Annual report on the working of the lock hospitals in the North-Western Provinces and Oudh
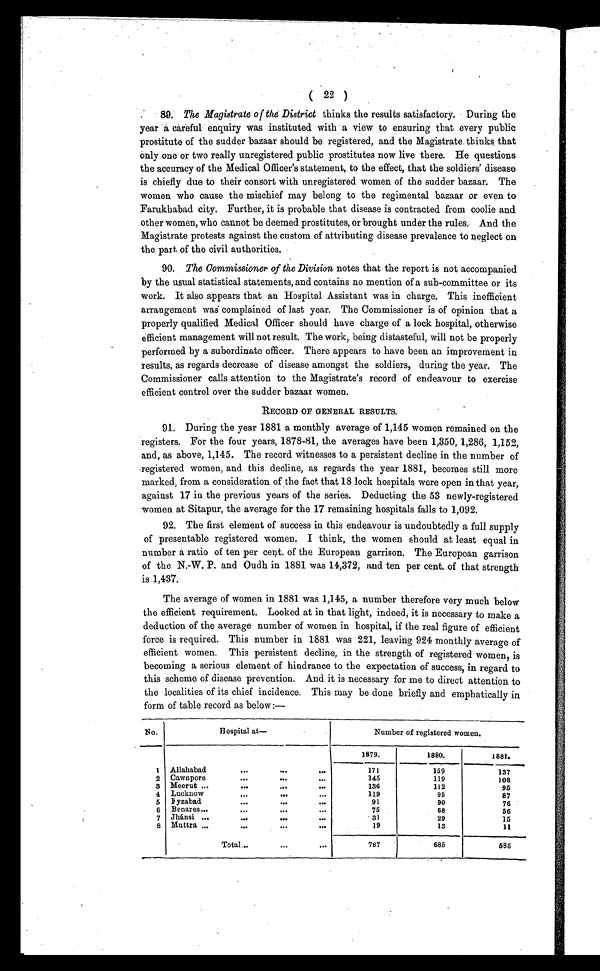
( 22 )
89. The Magistrate of the District thinks the results satisfactory. During the
year a careful enquiry was instituted with a view to ensuring that every public
prostitute of the sudder bazaar should be registered, and the Magistrate thinks that
only one or two really unregistered public prostitutes now live there. He questions
the accuracy of the Medical Officer's statement, to the effect, that the soldiers' disease
is chiefly due to their consort with unregistered women of the sudder bazaar. The
women who cause the mischief may belong to the regimental bazaar or even to
Farukhabad city. Further, it is probable that disease is contracted from coolie and
other women, who cannot be deemed prostitutes, or brought under the rules. And the
Magistrate protests against the custom of attributing disease prevalence to neglect on
the part of the civil authorities.
90. The Commissioner of the Division notes that the report is not accompanied
by the usual statistical statements, and contains no mention of a sub-committee or its
work. It also appears that an Hospital Assistant was in charge. This inefficient
arrangement was complained of last year. The Commissioner is of opinion that a
properly qualified Medical Officer should have charge of a lock hospital, otherwise
efficient management will not result. The work, being distasteful, will not be properly
performed by a subordinate officer. There appears to have been an improvement in
results, as regards decrease of disease amongst the soldiers, during the year. The
Commissioner calls attention to the Magistrate's record of endeavour to exercise
efficient control over the sudder bazaar women.
RECORD OF GENERAL RESULTS.
91. During the year 1881 a monthly average of 1,145 women remained on the
registers. For the four years, 1878-81, the averages have been 1,350, 1,286, 1,152,
and, as above, 1,145. The record witnesses to a persistent decline in the number of
registered women, and this decline, as regards the year 1881, becomes still more
marked from a consideration of the fact that 18 lock hospitals were open in that year,
against 17 in the previous years of the series. Deducting the 53 newly-registered
women at Sitapur, the average for the 17 remaining hospitals falls to 1,092.
92. The first element of success in this endeavour is undoubtedly a full supply
of presentable registered women. I think, the women should at least equal in
number a ratio of ten per cent. of the European garrison. The European garrison
of the N.-W. P. and Oudh in 1881 was 14,372, and ten per cent. of that strength
is 1,437.
The average of women in 1881 was 1,145, a number therefore very much below
the efficient requirement. Looked at in that light, indeed, it is necessary to make a
deduction of the average number of women in hospital, if the real figure of efficient
force is required. This number in 1881 was 221, leaving 924 monthly average of
efficient women. This persistent decline, in the strength of registered women, is
becoming a serious element of hindrance to the expectation of success, in regard to
this scheme of disease prevention. And it is necessary for me to direct attention to
the localities of its chief incidence. This may be done briefly and emphatically in
form of table record as below:—
No.
Hospital at—
Number of registered women.
1879.
1880.
1881.
1 Allahabad
...
...
...
171
159
137
2 Cawnpore
...
...
...
145
119
108
3 Meerut ...
...
...
...
136
112
95
4 Lucknow
...
...
...
119
95
87
5 Fyzabad
...
...
...
91
90
76
6 Benares...
...
75
68
56
7 Jhánsi ...
...
...
...
31
29
1 5
8 Muttra ...
...
...
19
13
11
Total...
...
787
685
585